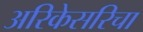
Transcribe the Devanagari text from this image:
अरिकेसरिचा